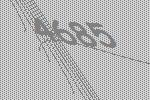
4685